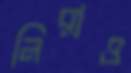
নিরাও